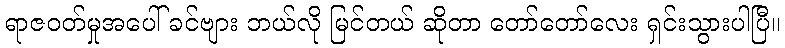
ရာဇဝတ်မှုအပေါ် ခင်ဗျား ဘယ်လို မြင်တယ် ဆိုတာ တော်တော်လေး ရှင်းသွားပါပြီ။